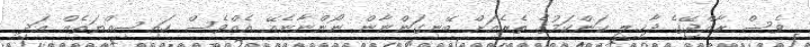
ވެސް ރާއްޖޭގެ ދާޚިލީ ކަންކަމުގެ ތެެރެއަށް ބޭނިގަންނާން ނޯންނާނެއޭ އެއްވެސް ހައިސިއްޔަތެއް އަދި